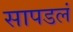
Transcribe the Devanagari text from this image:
सापडलं